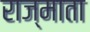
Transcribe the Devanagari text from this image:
राज्माता